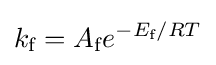
k_{\text{f}}=A_{\text{f}}e^{-E_{\text{f}}/RT}